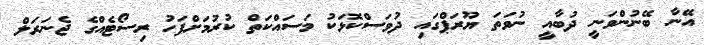
އޭނާ ބޭނުންވަނީ ދުބާއީ ނުވަަތަ ޔޫރަޕްގައި ދުވަސްކޮޅަކު މަސައްކަތް ކުރުމަށްފަހު ރިސޯޓެއްގެ ޖެނަރަލް